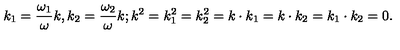
k _ { 1 } = { \frac { \omega _ { 1 } } { \omega } } k , k _ { 2 } = { \frac { \omega _ { 2 } } { \omega } } k ; k ^ { 2 } = k _ { 1 } ^ { 2 } = k _ { 2 } ^ { 2 } = k \cdot k _ { 1 } = k \cdot k _ { 2 } = k _ { 1 } \cdot k _ { 2 } = 0 .